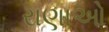
રાણાઓ